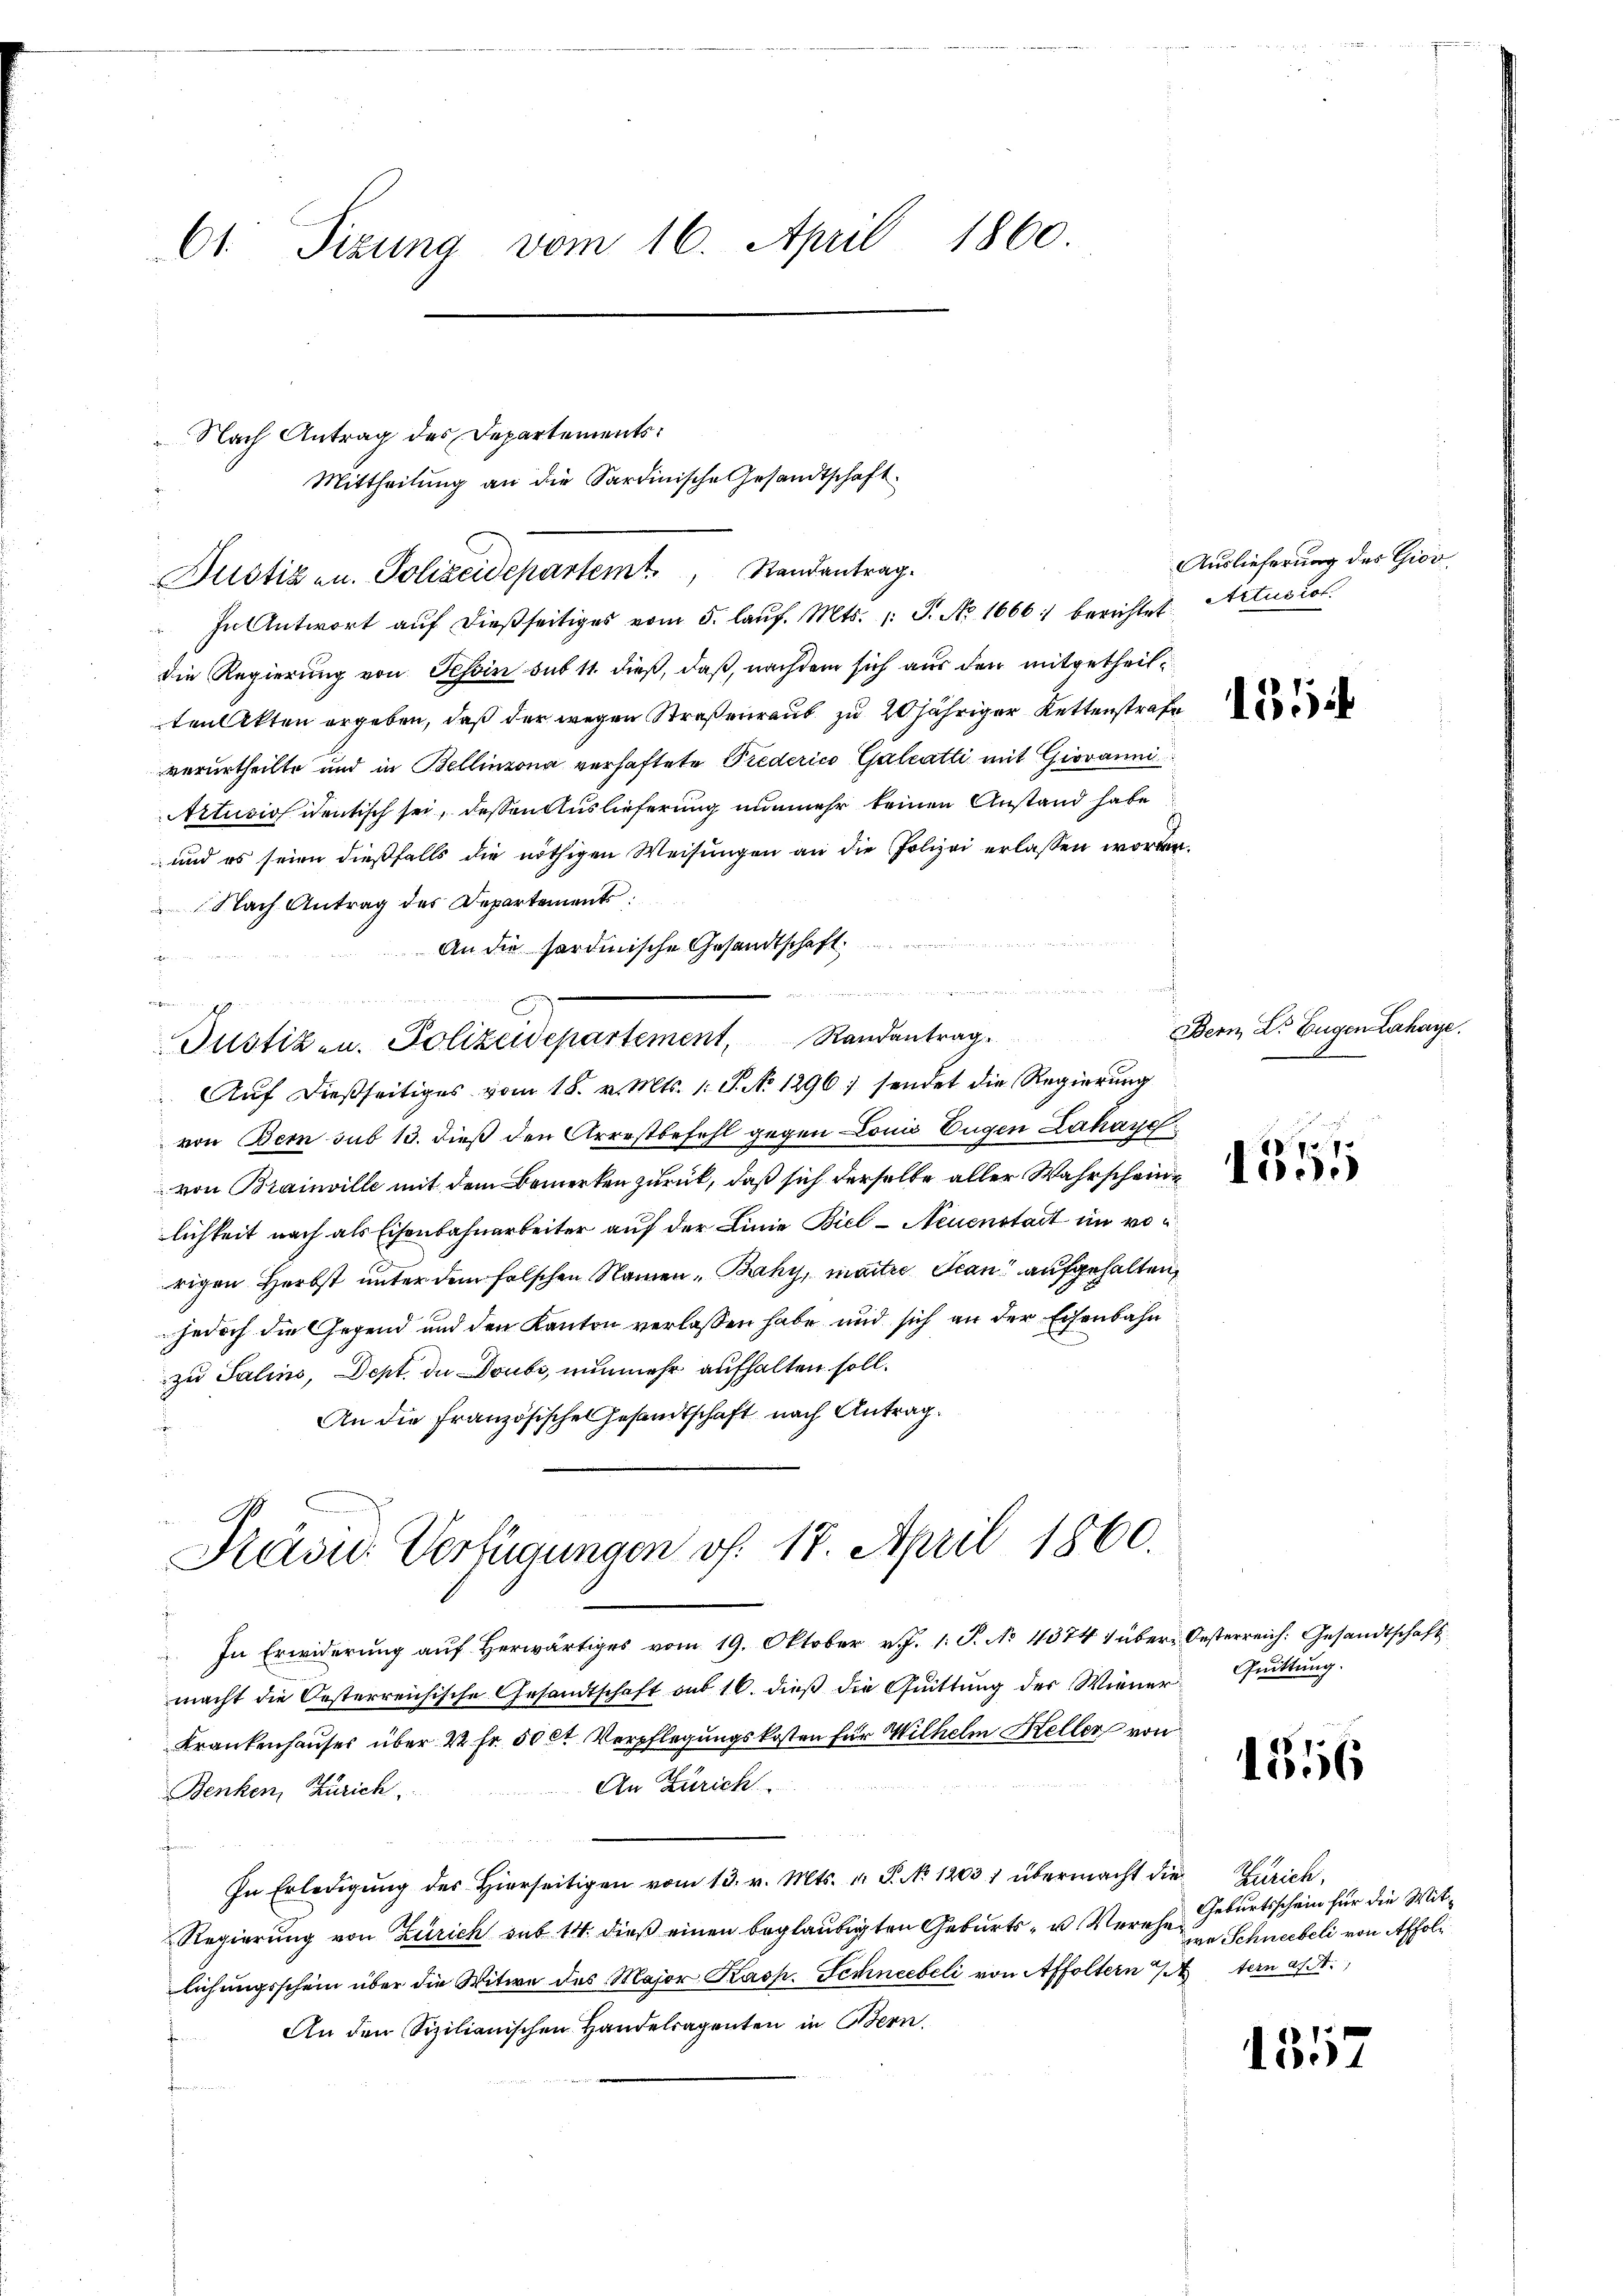
Ct. Sizung vom 16. April 1860.

die Regierung von Tessin sub 11. dieß, daß, nachdem sich aus den mitgetheilten Akten ergeben, daß der wegen Straßenraub zu 20 jähriger Kettenstrafe
verurtheilte und in Bellinzona verhaftete Prederico Galeatti mit Giovanni
Artusiosidentisch sei, dessen Auslieferung nunmehr keinen Anstand habe
und es seien dießfalls die nöthigen Weisungen an die Polizei erlassen worden.
Nach Antrag des Departements:

An die fordinische Gesandtschaft.
i
Auf dießseitiges vom 18. v. Mts. 1. P. No 1296) sendet die Regierung
von Bem sub 13. dieß den Arrestbefehl gegen Louis Eugen Lahaye
von Brainville mit dem Bemerken zurück, daß sich derselbe aller Wahrscheine
lichkeit nach als Eisenbahnarbeiter auf der Linie Biel - Neuenstadt im vorigen Herbst unter dem falschen Namen „Baky, martire Scan“ aufgehalten,
jedoch die Gegend und den Kanton verlassen habe und sich an der Eisenbahn
zu Salins, Dept. de Doubs, nunmehr aufhalten soll.
An die französische Gesandtschaft nach Antrag.
wegen
Präsid. Verfügungen f. 17. April 1860.
In Erwiderung auf herwärtiges vom 19. Oktober v. J. 1. P. No. 4374 1 über Oesterreich: Gesandtschaft
macht die Oesterreichische Gesandtschaft aus 16. dieß die Quittung der Wiener
Krankenhauses über 22 Fr. 50 ct Verpflegungskosten für Wilhelm Heller von
An Zürich
Benken, Zürich.
In Erledigŭng des hierseitigen vom 13. v. Mts. v. P. No 12031 übermacht die Zürich.
Regierung von Zürich sub 14. dieß einen beglaubigten Geburts- u. Verehe
lichungsschein über die Witwe des Major Kasp. Schneebeli von Affoltern tern a/A.,
An den Sizilianischen Handelsagenten in Bern.

bre

Nach Antrag des Departements¬
Mittheilung an die Sardinische Gesandtschaft.
Justiz u. Polizeidepartemt, Randantrag.
 In Antwort auf dießseitiges vom 5. laŭf. Mts. (: P. No. 1666) berichtet. Artuscol

eichen in den 2 Laterseit der mit 10 des
Justizen. Polizeidepartement, Randantrag

Auslieferung des Giov

1554

Bern, Dr. Eugen Lahaye

890

Quittung.

1556

Geburtsschein für die Mitwa Schneebeli von Affol

1312